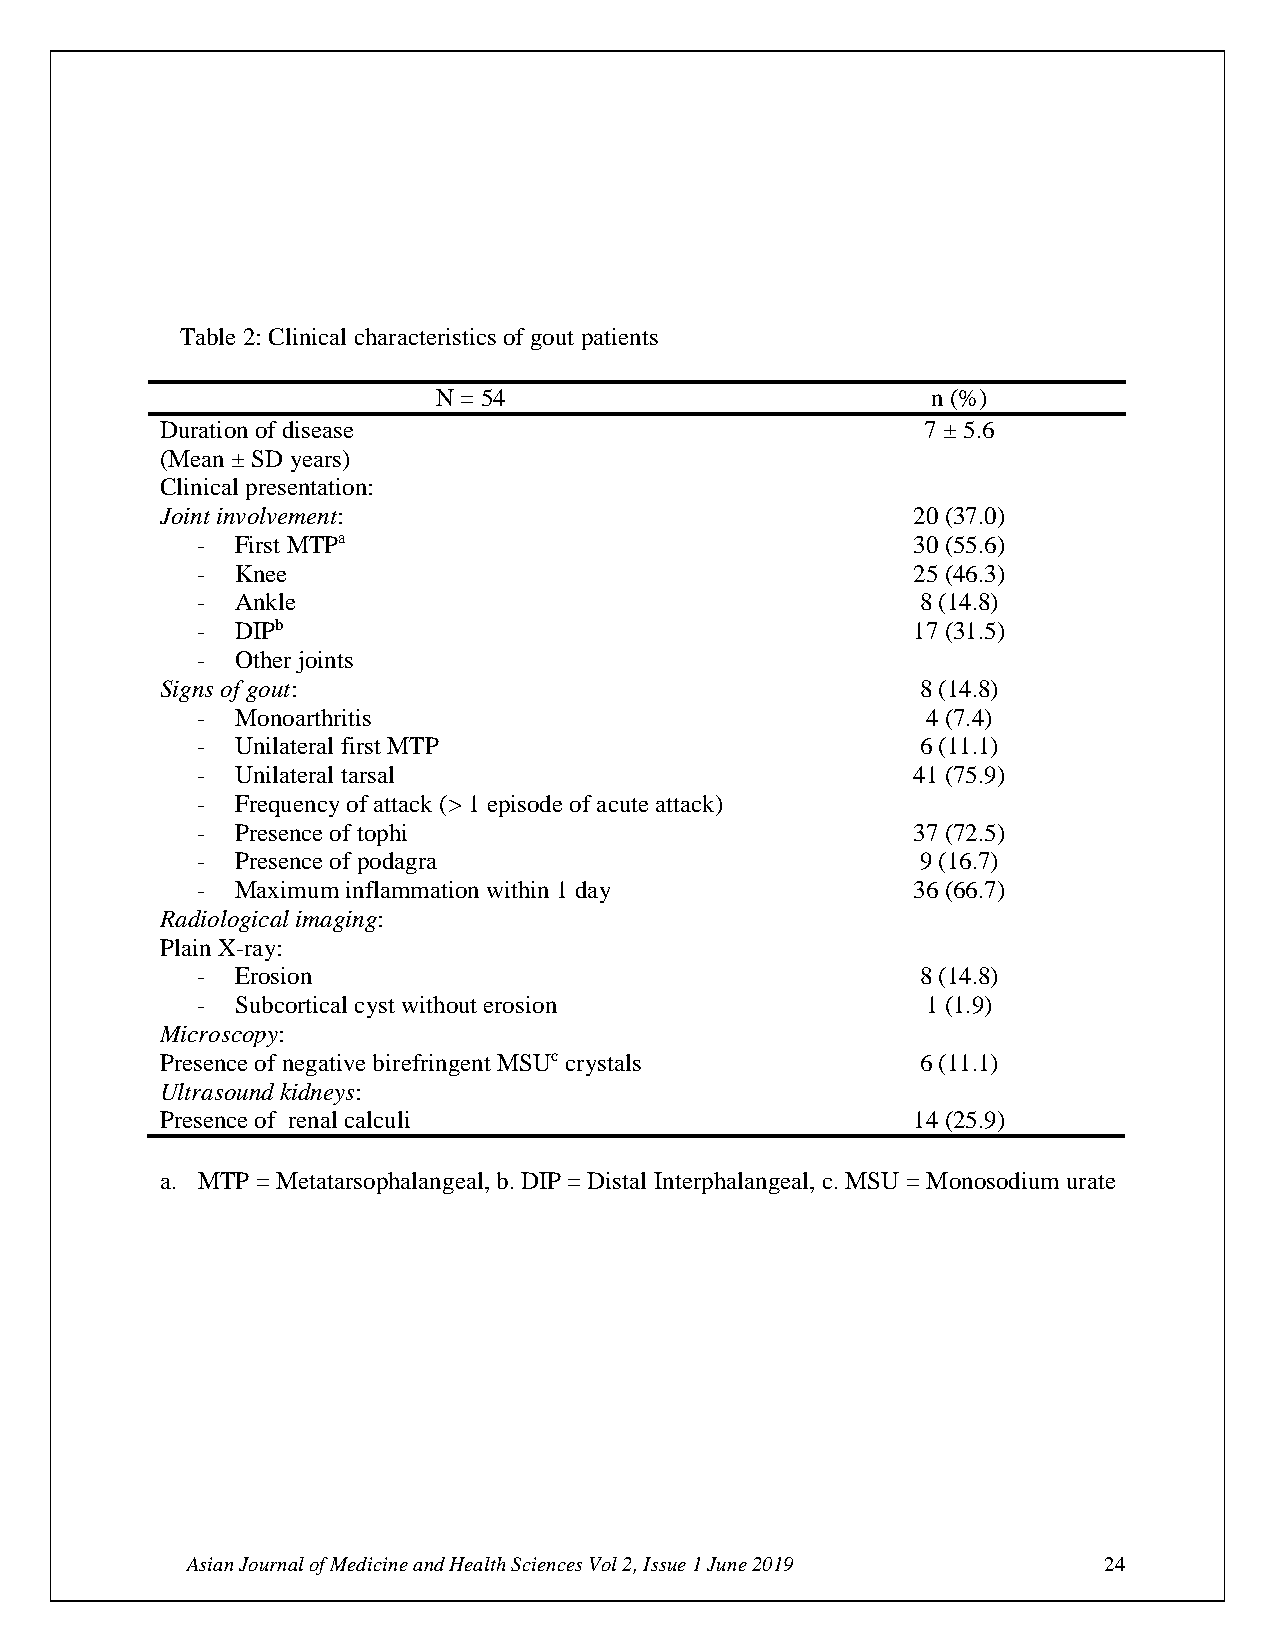
Table 2: Clinical characteristics of gout patients
 N = 54                           n (%)
 Duration of disease                               7 ± 5.6
 (Mean ± SD years)
 Clinical presentation:
 Joint involvement:                               20 (37.0)
 -  First MTPa                                  30 (55.6)
 -  Knee                                        25 (46.3)
 -  Ankle                                        8 (14.8)
 -  DIPb                                        17 (31.5)
 -  Other joints
 Signs of gout:                                    8 (14.8)
 -  Monoarthritis                                4 (7.4)
 -  Unilateral first MTP                         6 (11.1)
 -  Unilateral tarsal                           41 (75.9)
 -  Frequency of attack (> 1 episode of acute attack)
 -  Presence of tophi                           37 (72.5)
 -  Presence of podagra                          9 (16.7)
 -  Maximum inflammation within 1 day           36 (66.7)
 Radiological imaging:
 Plain X-ray:
 -  Erosion                                      8 (14.8)
 -  Subcortical cyst without erosion             1 (1.9)
 Microscopy:
 Presence of negative birefringent MSUc crystals   6 (11.1)
 Ultrasound kidneys:
 Presence of renal calculi                        14 (25.9)
 a. MTP = Metatarsophalangeal, b. DIP = Distal Interphalangeal, c. MSU = Monosodium urate
 Asian Journal of Medicine and Health Sciences Vol 2, Issue 1 June 2019 24